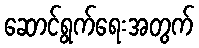
ဆောင်ရွက်ရေးအတွက်